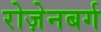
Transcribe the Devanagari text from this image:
रोज़ेनबर्ग